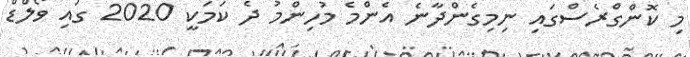
މި ކޮންގްރެސްގައި ނިމިގެންދާނެ އެންމެ މުހިންމު ދެ ކަމަކީ 2020 ގައި ވޯލްޑް